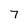
Character: 7